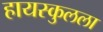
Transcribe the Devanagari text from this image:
हायस्कुलला